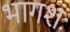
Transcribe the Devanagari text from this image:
भागशः